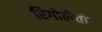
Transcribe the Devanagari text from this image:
रिगोलेतो